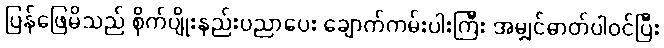
ပြန်ဖြေမိသည် စိုက်ပျိုးနည်းပညာပေး ချောက်ကမ်းပါးကြီး အမျှင်ဓာတ်ပါဝင်ပြီး